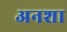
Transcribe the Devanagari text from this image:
अनशा